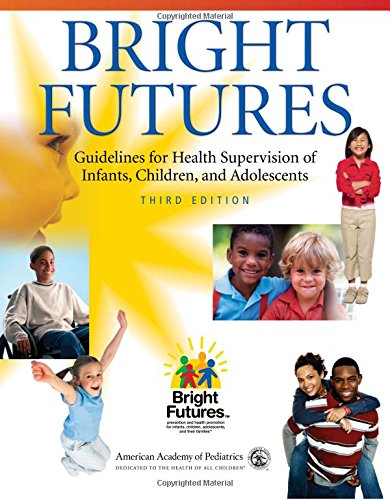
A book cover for Bright Futures: Guidelines for Health Supervision of Infants, Children, and Adolescents; Paula Duncan MD  FAAP; Medical Books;